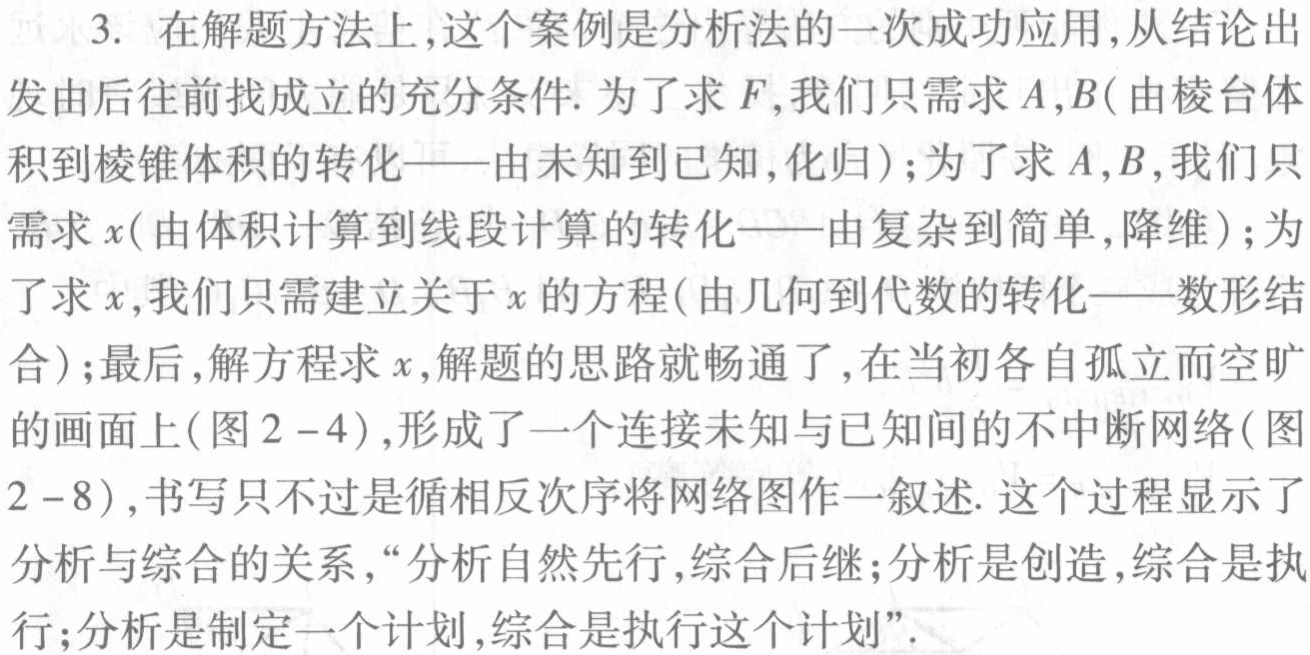
3. 在解题方法上,这个案例是分析法的一次成功应用,从结论出发由后往前找成立的充分条件. 为了求\(F\),我们只需求\(A,B\)(由棱台体积到棱锥体积的转化——由未知到已知,化归);为了求\(A,B\),我们只需求\(x\)(由体积计算到线段计算的转化——由复杂到简单,降维);为了求\(x\),我们只需建立关于\(x\)的方程(由几何到代数的转化——数形结合);最后,解方程求\(x\),解题的思路就畅通了,在当初各自孤立而空旷的画面上(图\(2 - 4\)),形成了一个连接未知与已知间的不中断网络(图\(2 - 8\)),书写只不过是循相反次序将网络图作一叙述. 这个过程显示了分析与综合的关系,“分析自然先行,综合后继;分析是创造,综合是执行;分析是制定一个计划,综合是执行这个计划”.